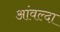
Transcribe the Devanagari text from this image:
आंवल्दा